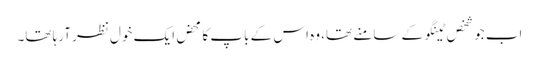
اب جو شخص ٹینگو کے سامنے تھا، وہ اس کے باپ کا محض ایک خول نظر آرہا تھا۔